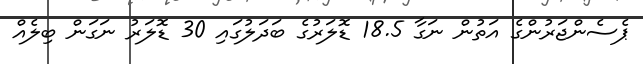
ޕެސެންޖަރުންގެ އަތުން ނަގާ 18.5 ޑޮލަރުގެ ބަދަލުގައި 30 ޑޮލަރު ނަގަން ބިލެއް